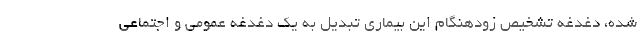
شده، دغدغه تشخیص زودهنگام این بیماری تبدیل به یک دغدغه عمومی و اجتماعی